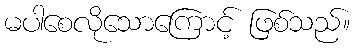
မပါစေလိုသောကြောင့် ဖြစ်သည်။